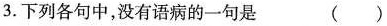
3.下列各句中，没有语病的一句是 ()